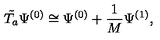
\tilde { T _ { a } } \Psi ^ { ( 0 ) } \cong \Psi ^ { ( 0 ) } + \frac { 1 } { M } \Psi ^ { ( 1 ) } ,